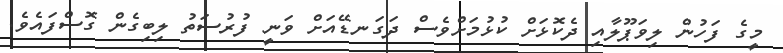
މީގެ ފަހުން ލިވަޕޫލާއި ދެކޮޅަށް ކުޅުމަށްވެސް ދަގަނޑޭއަށް ވަނީ ފުރުސަތު ލިބިގެން ގޮސްފައެވެ.